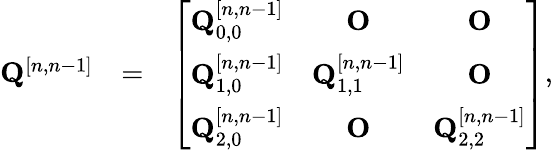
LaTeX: \begin{array}{rlr}{{\mathbf Q}^{[n,n-1]}}&{=}&{\left[\begin{array}{ccc}{{\mathbf Q}_{0,0}^{[n,n-1]}}&{{\mathbf O}}&{{\mathbf O}}\\ {{\mathbf Q}_{1,0}^{[n,n-1]}}&{{\mathbf Q}_{1,1}^{[n,n-1]}}&{{\mathbf O}}\\ {{\mathbf Q}_{2,0}^{[n,n-1]}}&{{\mathbf O}}&{{\mathbf Q}_{2,2}^{[n,n-1]}}\end{array}\right],}\end{array}